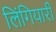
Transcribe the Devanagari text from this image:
लिंगियारी